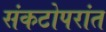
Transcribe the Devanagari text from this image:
संकटोपरांत